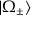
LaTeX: | \Omega _ { \pm } \rangle